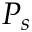
P _ { s }